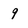
Character: 9